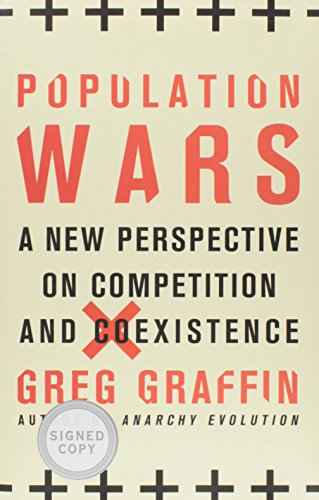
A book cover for Population Wars: A New Perspective on Competition and Coexistence; Greg Graffin; Science & Math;